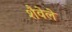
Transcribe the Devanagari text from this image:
शैवेले